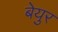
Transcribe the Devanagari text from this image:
बेयुर